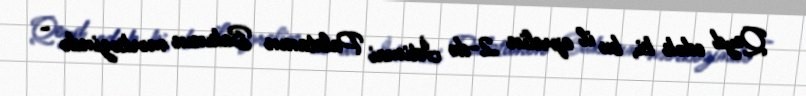
Qeyd edək ki, bu il aprelin 2-də İctimai Palatanın Bakının mərkəzində -